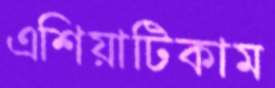
এশিয়াটিকাম